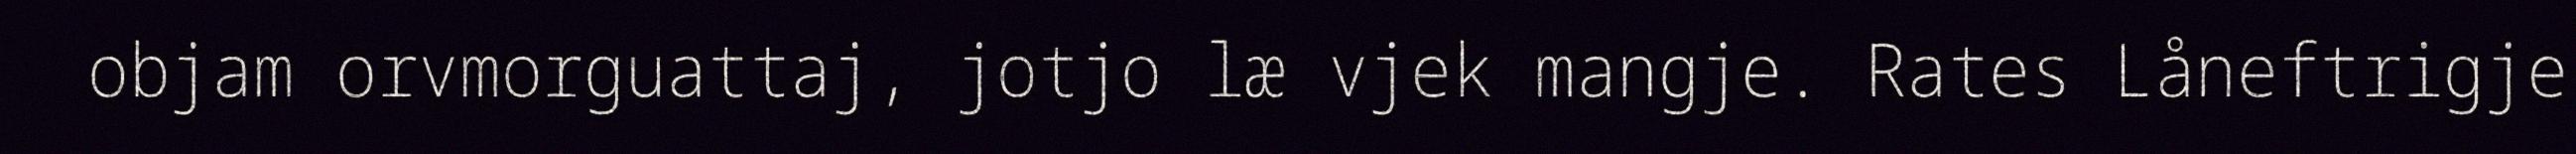
objam orvmorguattaj, jotjo læ vjek mangje. Rates Låneftrigje